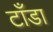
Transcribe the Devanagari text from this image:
टाँडा